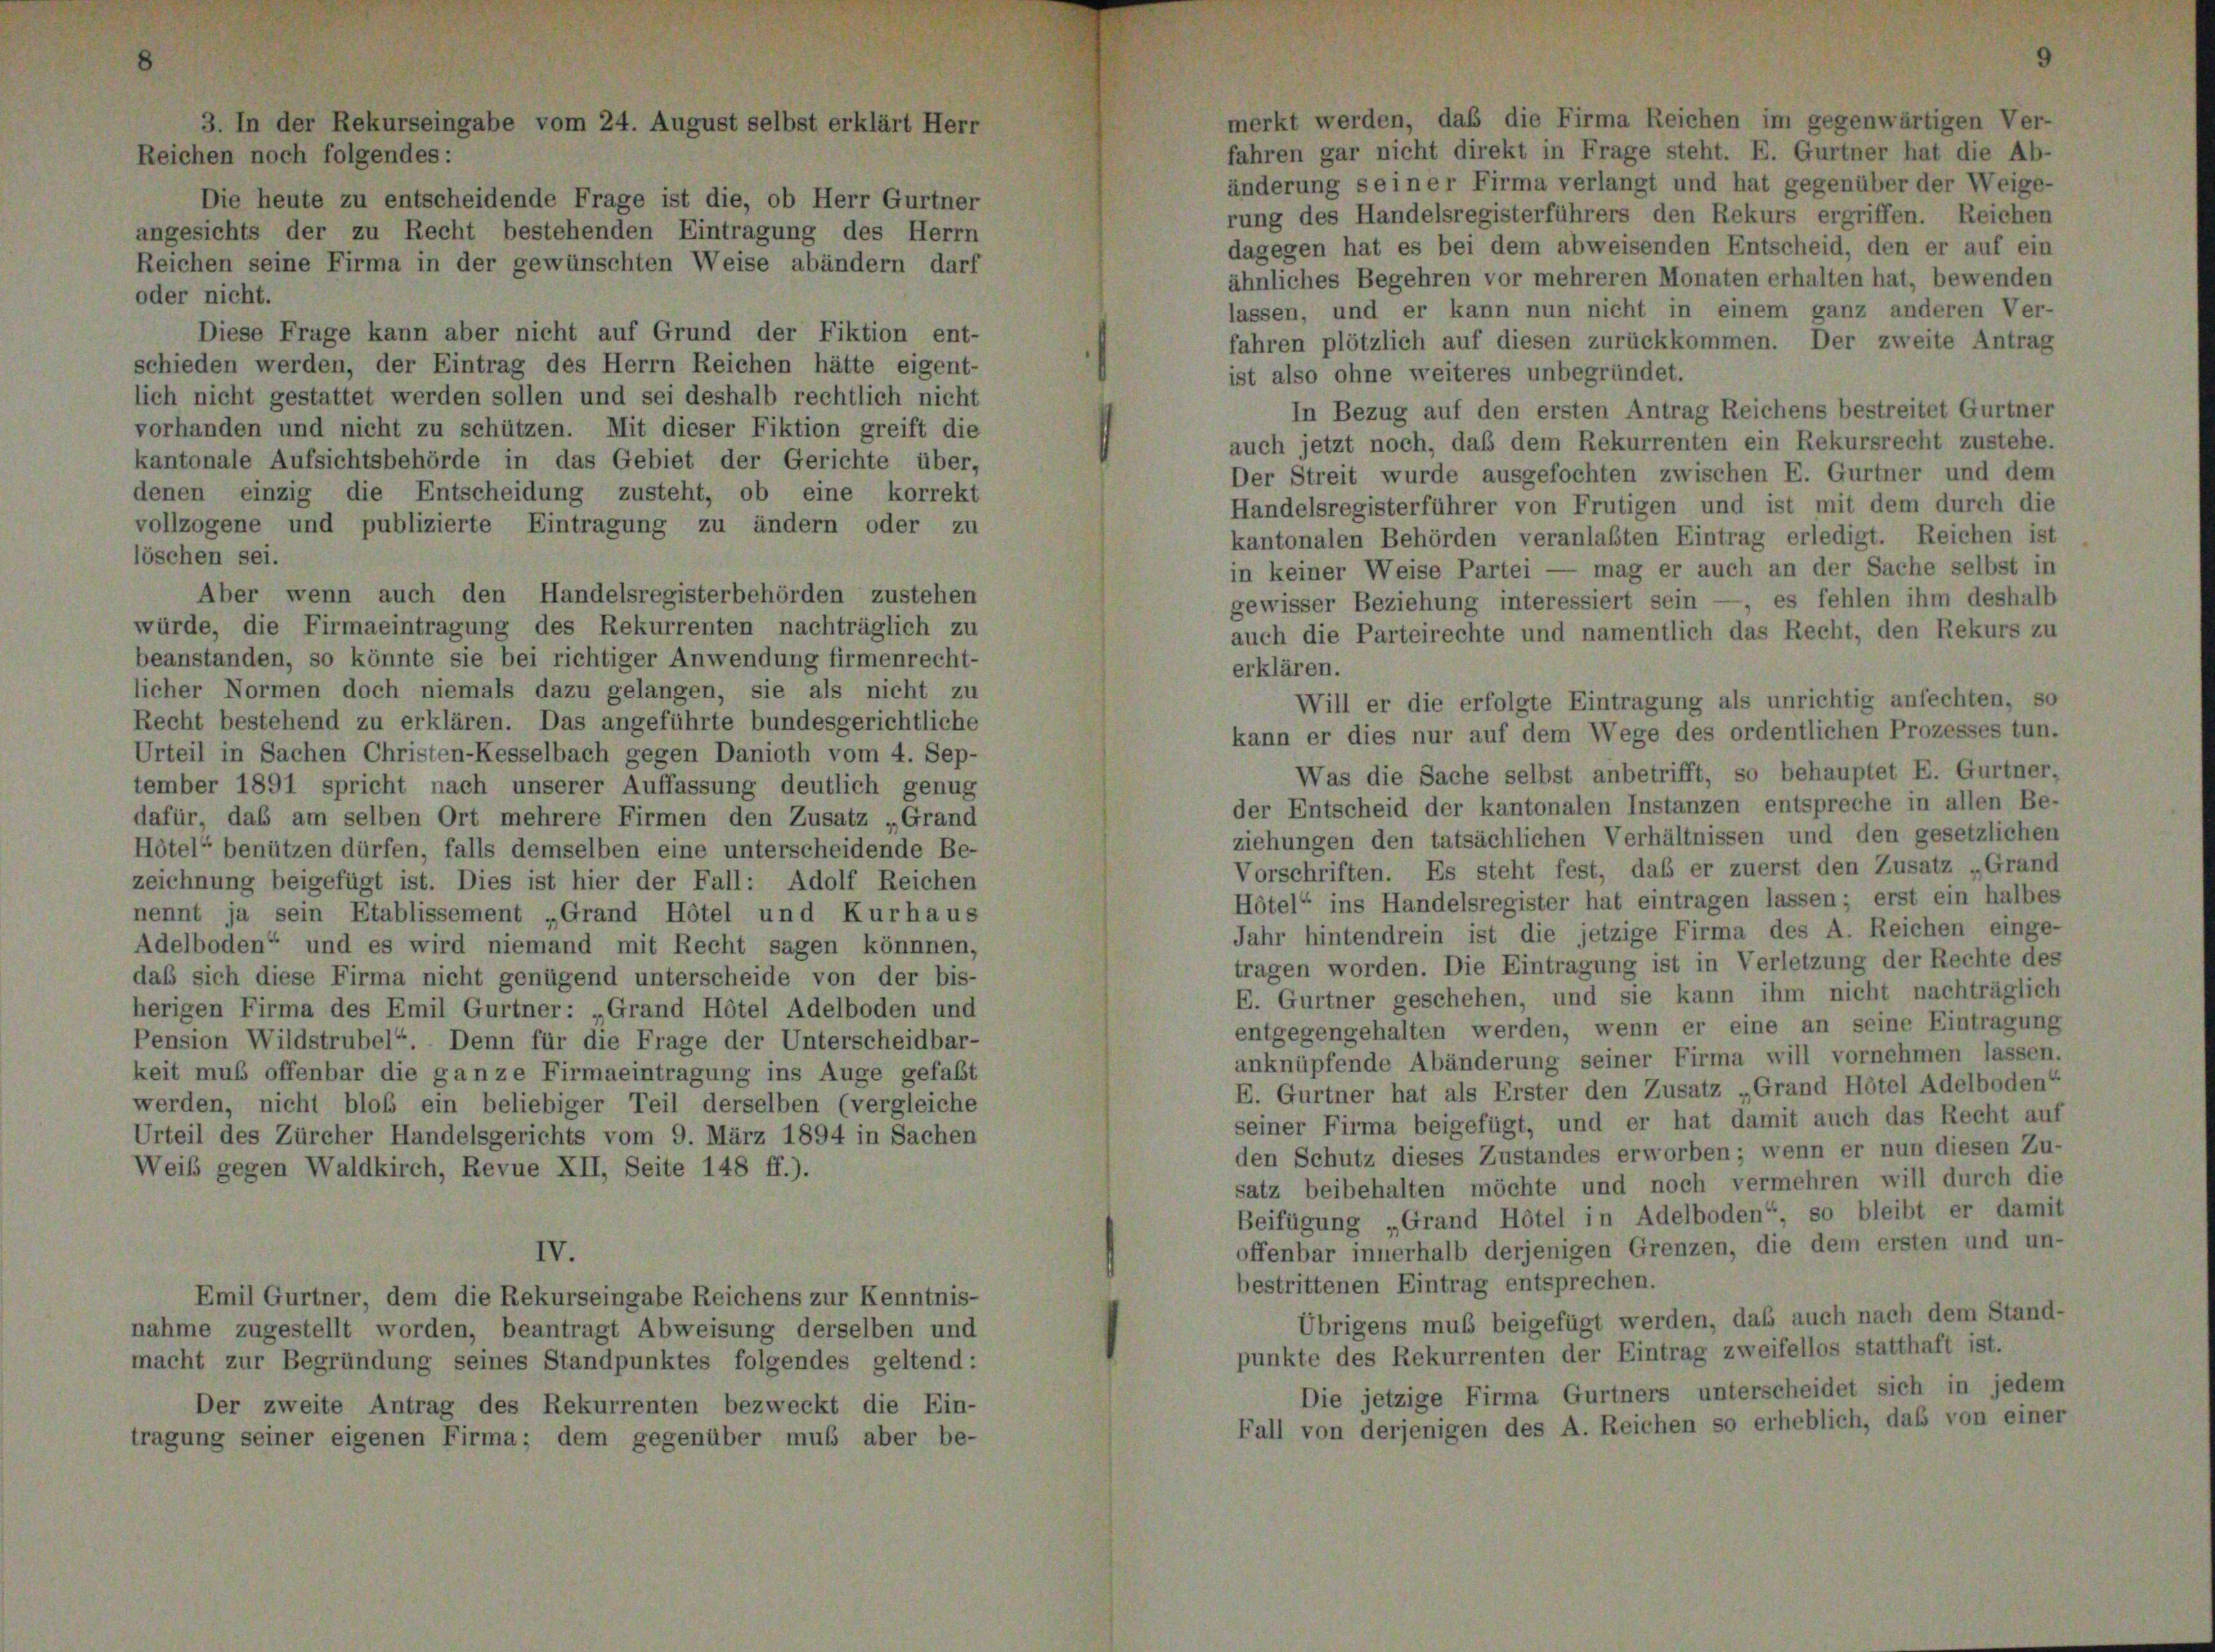
Die heute zu entscheidende Frage ist die, ob Herr Gurtner
angesichts der zu Recht bestehenden Eintragung des Herrn
Reichen seine Firma in der gewünschten Weise abändern darf

merkt werden, daß die Firma Reichen im gegenwärtigen Ver-
3. In der Rekurseingabe vom 24. August selbst erklärt Herr
fahren gar nicht direkt in Frage steht. E. Gurtner hat die Ab-
Reichen noch folgendes:
änderung seiner Firma verlangt und hat gegenüber der Weige-
rung des Handelsregisterführers den Rekurs ergriffen. Reichen
dagegen hat es bei dem abweisenden Entscheid, den er auf ein
ähnliches Begehren vor mehreren Monaten erhalten hat, bewenden
oder nicht.
lassen, und er kann nun nicht in einem ganz anderen Ver-
Diese Frage kann aber nicht auf Grund der Fiktion ent-
fahren plötzlich auf diesen zurückkommen. Der zweite Antrag
schieden werden, der Eintrag des Herrn Reichen hätte eigent-
ist also ohne weiteres unbegründet.
lich nicht gestattet werden sollen und sei deshalb rechtlich nicht
In Bezug auf den ersten Antrag Reichens bestreitet Gurtner
vorhanden und nicht zu schützen. Mit dieser Fiktion greift die
auch jetzt noch, daß dem Rekurrenten ein Rekursrecht zustehe.
kantonale Aufsichtsbehörde in das Gebiet der Gerichte über,
Der Streit wurde ausgefochten zwischen E. Gurtner und dem
denen einzig die Entscheidung zusteht, ob eine korrekt
Handelsregisterführer von Frutigen und ist mit dem durch die
vollzogene und publizierte Eintragung zu ändern oder zu
kantonalen Behörden veranlaßten Eintrag erledigt. Reichen ist
löschen sei.
in keiner Weise Partei — mag er auch an der Sache selbst in
Aber wenn auch den Handelsregisterbehörden zustehen
gewisser Beziehung interessiert sein — es fehlen ihm deshalb
würde, die Firmaeintragung des Rekurrenten nachträglich zu
auch die Parteirechte und namentlich das Recht, den Rekurs zu
beanstanden, so könnte sie bei richtiger Anwendung firmenrecht-
erklären.
licher Normen doch niemals dazu gelangen, sie als nicht zu
Will er die erfolgte Eintragung als unrichtig anfechten, so
Recht bestehend zu erklären. Das angeführte bundesgerichtliche
kann er dies nur auf dem Wege des ordentlichen Prozesses tun.
Urteil in Sachen Christen-Kesselbach gegen Danioth vom 4. Sep-
Was die Sache selbst anbetrifft, so behauptet E. Gurtner,
tember 1891 spricht nach unserer Auffassung deutlich genug
der Entscheid der kantonalen Instanzen entspreche in allen Be-
dafür, das am selben Ort mehrere Firmen den Zusatz „Grand
ziehungen den tatsächlichen Verhältnissen und den gesetzlichen
Hôtel“ benützen dürfen, falls demselben eine unterscheidende Be-
Vorschriften. Es steht fest, daß er zuerst den Zusatz „Grand
zeichnung beigefügt ist. Dies ist hier der Fall: Adolf Reichen
Hötel“ ins Handelsregister hat eintragen lassen; erst ein halbes
nennt ja sein Etablissement „Grand Hôtel und Kurhaus
Jahr hintendrein ist die jetzige Firma des A. Reichen einge-
Adelboden“ und es wird niemand mit Recht sagen könnnen,
tragen worden. Die Eintragung ist in Verletzung der Rechte des
daß sich diese Firma nicht genügend unterscheide von der bis-
E. Gurtner geschehen, und sie kann ihm nicht nachträglich
herigen Firma des Emil Gurtner: Grand Hôtel Adelboden und
entgegengehalten werden, wenn er eine an seine Eintragung
Pension Wildstrubel“. Denn für die Frage der Unterscheidbar-
anknüpfende Abänderung seiner Firma will vornehmen lassen.
keit mus offenbar die ganze Firmaeintragung ins Auge gefaßt
E. Gurtner hat als Erster den Zusatz „Grand Hôtel Adelboden“
werden, nicht bloß ein beliebiger Teil derselben (vergleiche
seiner Firma beigefügt, und er hat damit auch das Recht auf
Urteil des Zürcher Handelsgerichts vom 9. März 1894 in Sachen
den Schutz dieses Zustandes erworben; wenn er nun diesen Zu-
Weiß gegen Waldkirch, Revue XII, Seite 148 ff.).
satz beibehalten möchte und noch vermehren will durch die
Beifügung „Grand Hôtel in Adelboden“, so bleibt er damit
offenbar innerhalb derjenigen Grenzen, die dem ersten und un-
IV.
bestrittenen Eintrag entsprechen.
Emil Gurtner, dem die Rekurseingabe Reichens zur Kenntnis-
Übrigens muß beigefügt werden, daß auch nach dem Stand-
nahme zugestellt worden, beantragt Abweisung derselben und
punkte des Rekurrenten der Eintrag zweifellos statthaft ist.
macht zur Begründung seines Standpunktes folgendes geltend:
Die jetzige Firma Gurtners unterscheidet sich in jedem
Der zweite Antrag des Rekurrenten bezweckt die Ein-
Fall von derjenigen des A. Reichen so erheblich, daß von einer
tragung seiner eigenen Firma; dem gegenüber muß aber be-